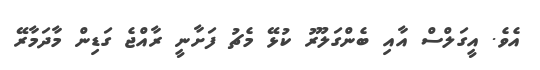
އެވެ. އީގަލްސް އާއި ބެންގަލޫރު ކުޅޭ މެޗު ފަށާނީ ރާއްޖެ ގަޑިން މާދަމާރޭ